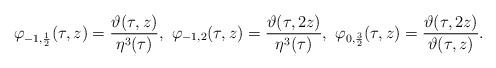
LaTeX: \begin{align*} \varphi_{-1,\frac{1}{2}}(\tau,z)=\frac{\vartheta(\tau,z)}{\eta^3(\tau)}, \ \varphi_{-1,2}(\tau,z)=\frac{\vartheta(\tau,2z)}{\eta^3(\tau)},\ \varphi_{0,\frac{3}{2}}(\tau,z)=\frac{\vartheta(\tau,2z)}{\vartheta(\tau,z)}.\end{align*}